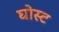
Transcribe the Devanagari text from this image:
घोस्‍ट